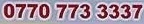
0770 773 3337